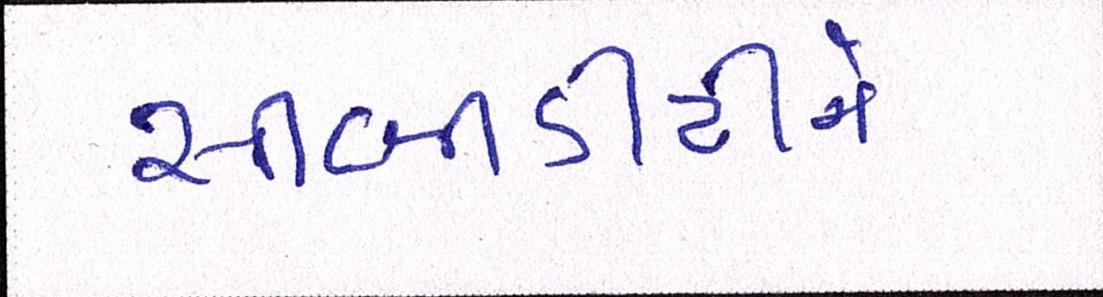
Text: સીબીડીટીને